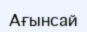
Ағынсай